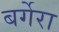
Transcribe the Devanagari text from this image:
बर्गेरा